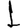
Digit: 1